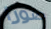
صورا